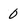
Character: 0